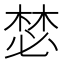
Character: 𣕾